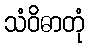
သံဝိဓာတုံ